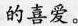
的喜爱。